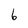
Character: 6